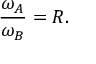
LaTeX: { \frac { \omega _ { A } } { \omega _ { B } } } = R .